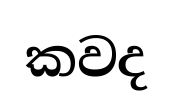
කවද